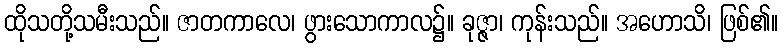
ထိုသတို့သမီးသည်။ ဇာတကာလေ၊ ဖွားသောကာလ၌။ ခုဇ္ဇာ၊ ကုန်းသည်။ အဟောသိ၊ ဖြစ်၏။